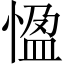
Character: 𭝳